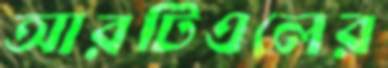
আরটিএলের